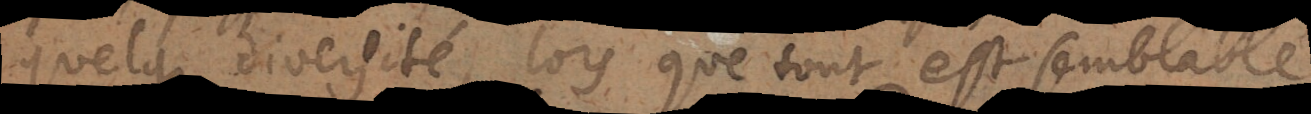
quelque diversité, lorsque tout est semblable